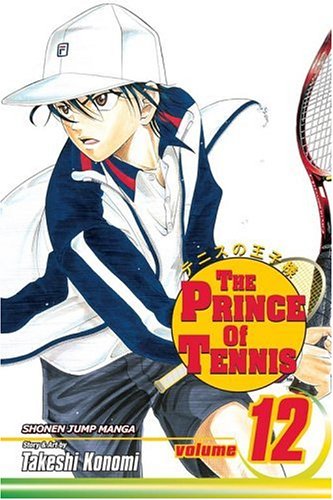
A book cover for The Prince of Tennis, Vol. 12 (v. 12); Takeshi Konomi; Comics & Graphic Novels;